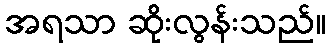
အရသာ ဆိုးလွန်းသည်။